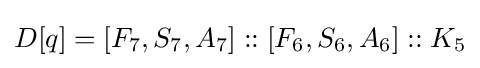
D[q]=[F_{7},S_{7},A_{7}]::[F_{6},S_{6},A_{6}]::K_{5}